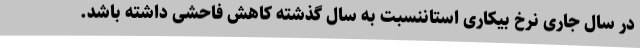
در سال جاری نرخ بیکاری استاننسبت به سال گذشته کاهش فاحشی داشته باشد.